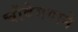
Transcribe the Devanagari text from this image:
चौवेगगाने